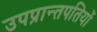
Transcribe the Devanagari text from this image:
उपप्रान्तपतियों